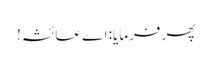
پھر فرمایا: اے عائشہ!